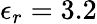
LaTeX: \epsilon_{r}=3.2